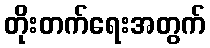
တိုးတက်ရေးအတွက်